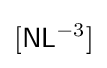
[{\mathsf {N}}{\mathsf {L}}^{-3}]